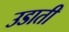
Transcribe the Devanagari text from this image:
उडाती